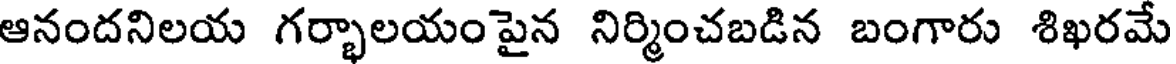
ఆనందనిలయ గర్భాలయం పైన నిర్మించబడిన బంగారు శిఖరమే